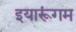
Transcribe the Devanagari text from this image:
इयारूंगम